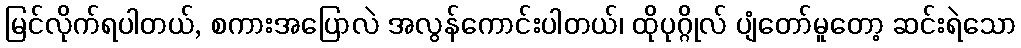
မြင်လိုက်ရပါတယ်, စကားအပြောလဲ အလွန်ကောင်းပါတယ်၊ ထိုပုဂ္ဂိုလ် ပျံတော်မူတော့ ဆင်းရဲသော